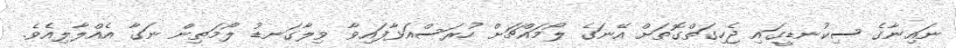
ނައިނާގެ ސިކުުނޑީގައި ޖެހިގަތްގޮތަށް އޭނަގެ ލޯމައްޗަށް ހުރަސްއަޅާފައިވާ ވިލާގަނޑު ލޯމަތިން ނަގާ އެއްލާލިއެވެ.